Triennial report on the lunatic asylums in the province of Eastern Bengal and Assam - 1903-1911
Year: 1903
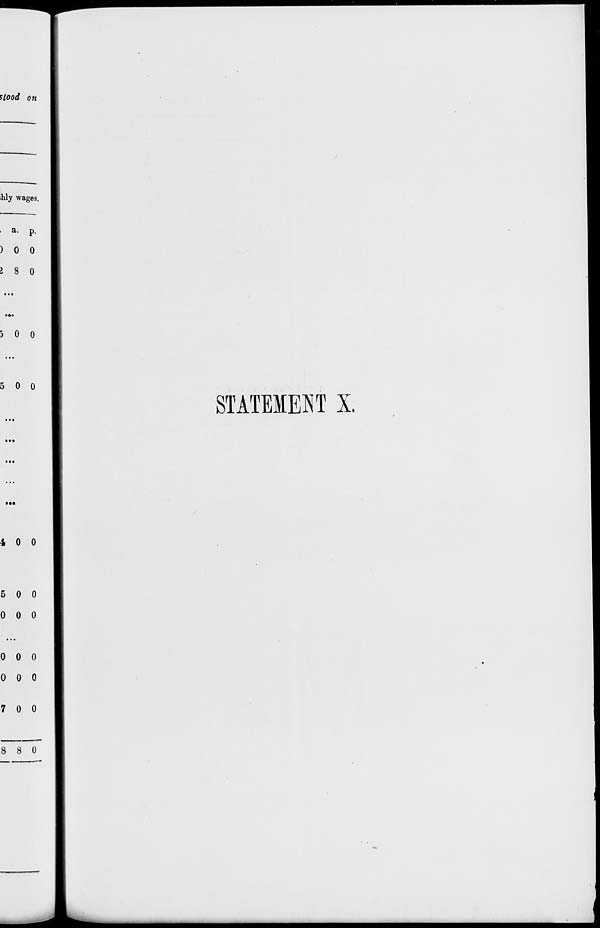
STATEMENT X.